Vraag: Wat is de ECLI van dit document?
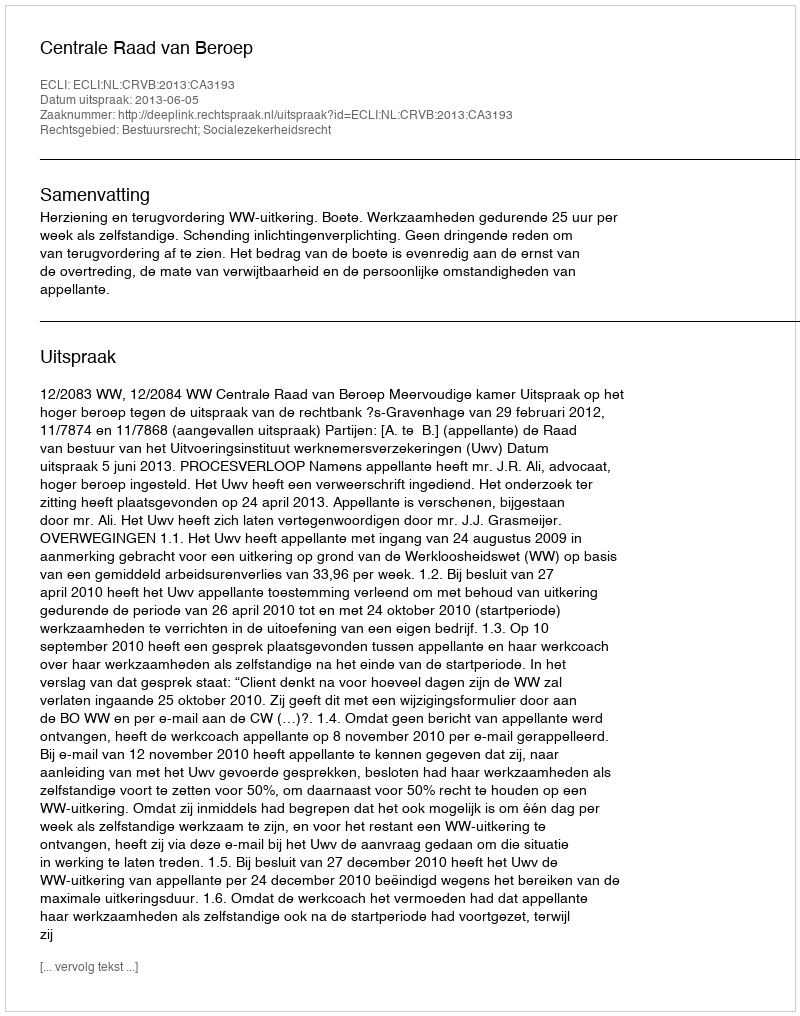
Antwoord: ECLI:NL:CRVB:2013:CA3193